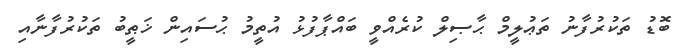
ބޮޑު ތަކުރުފާނު ތަޢުލީމް ޙާޞިލް ކުރެއްވީ ބައްޕާފުޅު އުތީމު ޙުސައިން ޚަޠީބު ތަކުރުފާނާއި